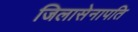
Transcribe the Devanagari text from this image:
जिलासेनापति